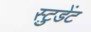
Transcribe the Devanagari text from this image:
स्टु़डेंट